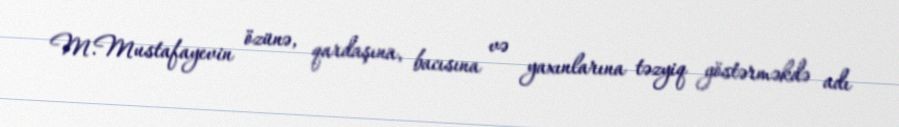
M.Mustafayevin özünə, qardaşına, bacısına və yaxınlarına təzyiq göstərməkdə adı